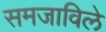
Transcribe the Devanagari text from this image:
समजाविले